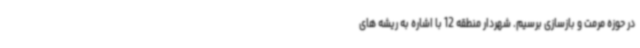
در حوزه مرمت و بازسازی برسیم. شهردار منطقه 12 با اشاره به ریشه های